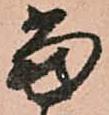
當